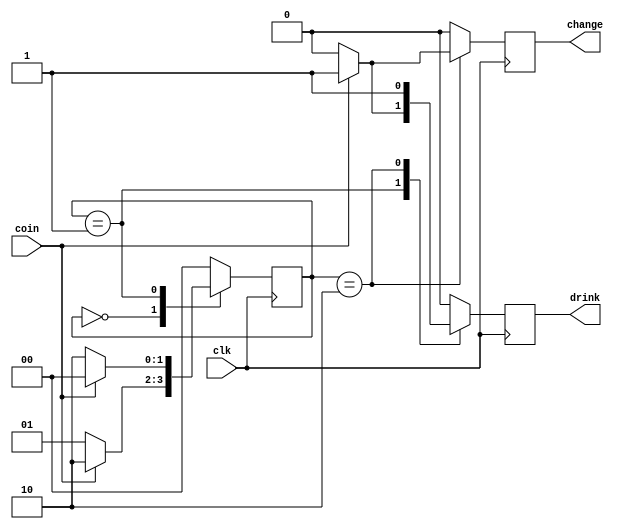
module vending_machine( input coin, input clk, output drink, output change
    );
	 reg drink;
	 reg change;
	 parameter stop = 2'b00, five = 2'b01, ten = 2'b10;
	 
	 reg [1:0]state;
	 
	 
	 
	 initial begin
	 drink = 1'b0;
	 change = 1'b0;
	 state = stop;
	 end
	 
	 always @(posedge clk)
	 begin
		 case(state)
		 stop:
		 begin
			 if(coin)
				 begin
				 state <= ten;
				 drink <= 1'b0;
				 change <= 1'b0;
				 end
			 else
				begin
				state <= five;
				drink <= 1'b0;
				change <= 1'b0;
				end
		 end
		 five:
		 begin
			if(coin)
				 begin
				 state <= stop;
				 drink <= 1'b1;
				 change <= 1'b0;
				 end
			else
				begin
				state <= ten;
				drink <= 1'b0;
				change <= 1'b0;
				end
		 end
		 ten:
		 begin
			 if(coin)
				 begin
				 state <= stop;
				 drink <= 1'b1;
				 change <= 1'b1;
				 end
			 else
				begin
				state <= stop;
				drink <= 1'b1;
				change <= 1'b0;
				end
		 end
		 default:
		 begin
			 state <= stop;
			 drink <= 1'b0;
			 change <= 1'b0;
		 end
		 endcase
	 end
	 
endmodule